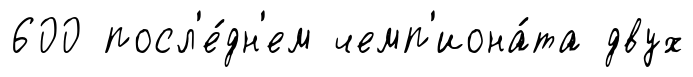
600 посл'е́дн'ем чемп'иона́та двух